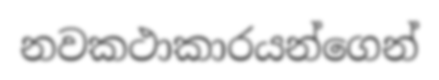
නවකථාකාරයන්ගෙන්